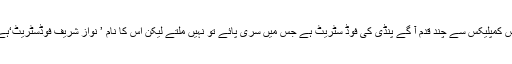
اس کمپلیکس سے چند قدم آ گے پنڈی کی فوڈ سٹریٹ ہے جس میں سری پائے تو نہیں ملتے لیکن اس کا نام ’ نواز شریف فوڈسٹریٹ‘ہے۔